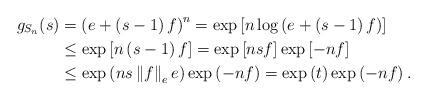
LaTeX: \begin{align*}g_{S_{n}}(s) & =\left( e+\left( s-1\right) f\right) ^{n}=\exp\left[n\log\left( e+\left( s-1\right) f\right) \right] \\& \leq\exp\left[ n\left( s-1\right) f\right] =\exp\left[ nsf\right]\exp\left[ -nf\right] \\& \leq\exp\left( ns\left\Vert f\right\Vert _{e}e\right) \exp\left(-nf\right) =\exp\left( t\right) \exp\left( -nf\right) .\end{align*}